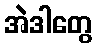
အဲဒါတွေ